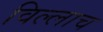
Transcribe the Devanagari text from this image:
विल्लाच